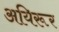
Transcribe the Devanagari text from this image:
अयिरूर